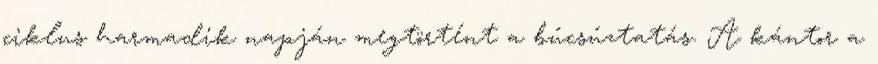
ciklus harmadik napján megtörtént a búcsúztatás. A kántor a